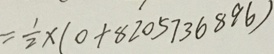
= \frac { 1 } { 2 } \times ( 0 + 8 2 0 5 7 3 6 8 9 6 )